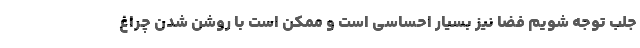
جلب توجه شویم فضا نیز بسیار احساسی است و ممکن است با روشن شدن چراغ